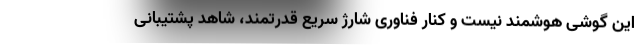
این گوشی هوشمند نیست و کنار فناوری شارژ سریع قدرتمند، شاهد پشتیبانی